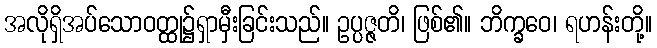
အလိုရှိအပ်သောဝတ္ထု၌ရှာမှီးခြင်းသည်။ ဥပ္ပဇ္ဇတိ၊ ဖြစ်၏။ ဘိက္ခဝေ၊ ရဟန်းတို့။